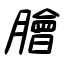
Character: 膾